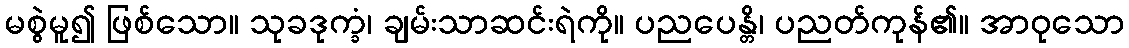
မစွဲမူ၍ ဖြစ်သော။ သုခဒုက္ခံ၊ ချမ်းသာဆင်းရဲကို။ ပညပေန္တိ၊ ပညတ်ကုန်၏။ အာဝုသော